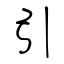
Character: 引